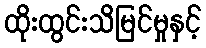
ထိုးထွင်းသိမြင်မှုနှင့်